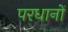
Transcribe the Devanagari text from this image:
परधानों